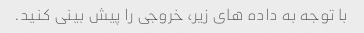
با توجه به داده های زیر، خروجی را پیش بینی کنید.